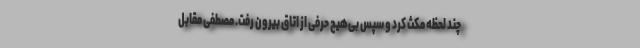
چند لحظه مکث کرد و سپس بی‌هیچ حرفی از اتاق بیرون رفت. مصطفی مقابل